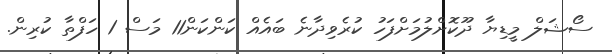
ސޯޝަލް މީޑިޔާ ދޫކޮށްލުމަށްފަހު ކުރެވިދާނެ ބައެއް ކަންކަން11 މަސް 1 ހަފްތާ ކުރިން.